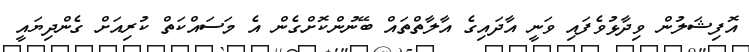
އޮފިޝަލުން ވިދާޅުވެފައި ވަނީ އާދައިގެ އާލާތްތައް ބޭނުންކޮށްގެން އެ މަސައްކަތް ކުރިއަށް ގެންދިޔައީ